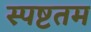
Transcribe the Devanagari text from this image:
स्पष्टतम